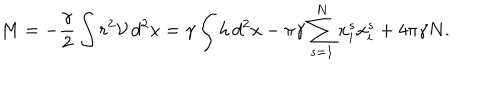
LaTeX: M = - \frac { \gamma } { 2 } \int r ^ { 2 } \mathcal { V } \, d ^ { 2 } x = \gamma \int h \, d ^ { 2 } x - \pi \gamma \sum _ { s = 1 } ^ { N } x _ { i } ^ { s } x _ { i } ^ { s } + 4 \pi \gamma N .